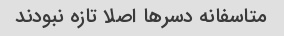
متاسفانه دسرها اصلا تازه نبودند